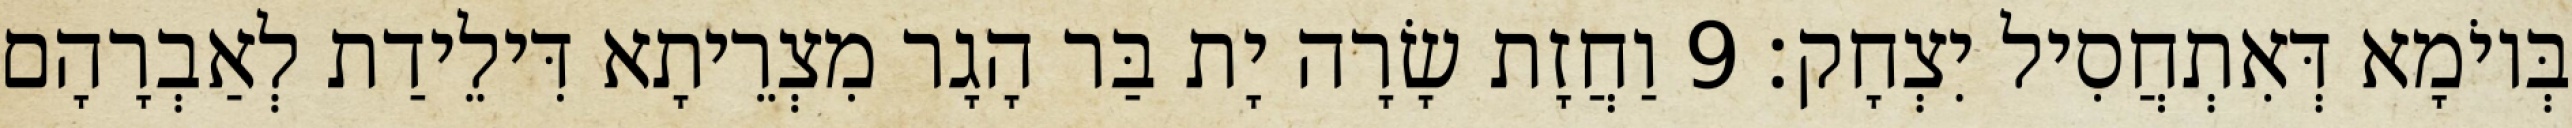
בְּיוֹמָא דְּאִתְחֲסִיל יִצְחָק׃ 9 וַחֲזָת שָׂרָה יָת בַּר הָגָר מִצְרֵיתָא דִּילֵידַת לְאַבְרָהָם